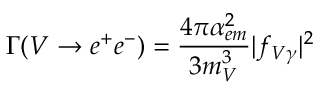
\Gamma ( V \rightarrow e ^ { + } e ^ { - } ) = \frac { 4 \pi \alpha _ { e m } ^ { 2 } } { 3 m _ { V } ^ { 3 } } | f _ { V \gamma } | ^ { 2 }